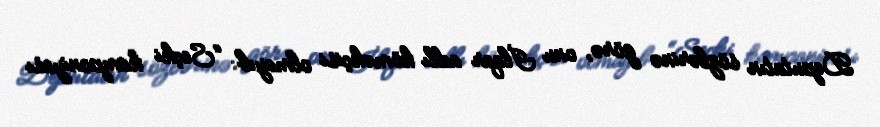
Deputatın sözlərinə görə, onu İlqar adlı köməkçisi olmayıb: “Seçki kampaniyası